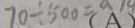
7 0 \div 5 0 0 = ( A )